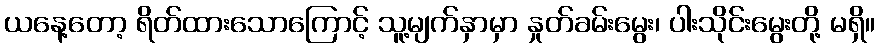
ယနေ့တော့ ရိတ်ထားသောကြောင့် သူ့မျက်နှာမှာ နှုတ်ခမ်းမွေး၊ ပါးသိုင်းမွေးတို့ မရှိ။